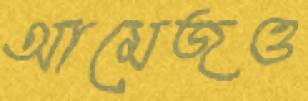
আমেজও